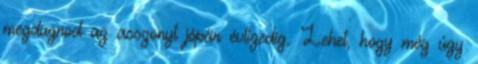
megdugnod az asszonyt jópár évtizedig. Lehet, hogy még úgy